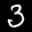
Label: 3